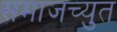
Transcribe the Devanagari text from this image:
समाजच्युत